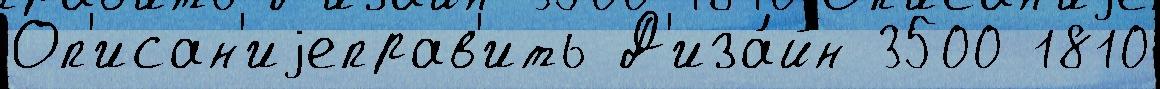
Оп'исан'иjеправ'ить Д'иза́йн 3500 1810